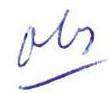
obs